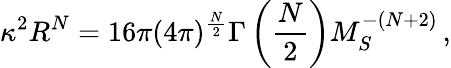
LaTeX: \kappa^{2}R^{N}=16\pi(4\pi)^{\frac{N}{2}}\Gamma\left(\frac{N}{2}\right)M_{S}^{-(N+2)}\, ,